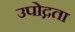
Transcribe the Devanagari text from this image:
उपोद्गता